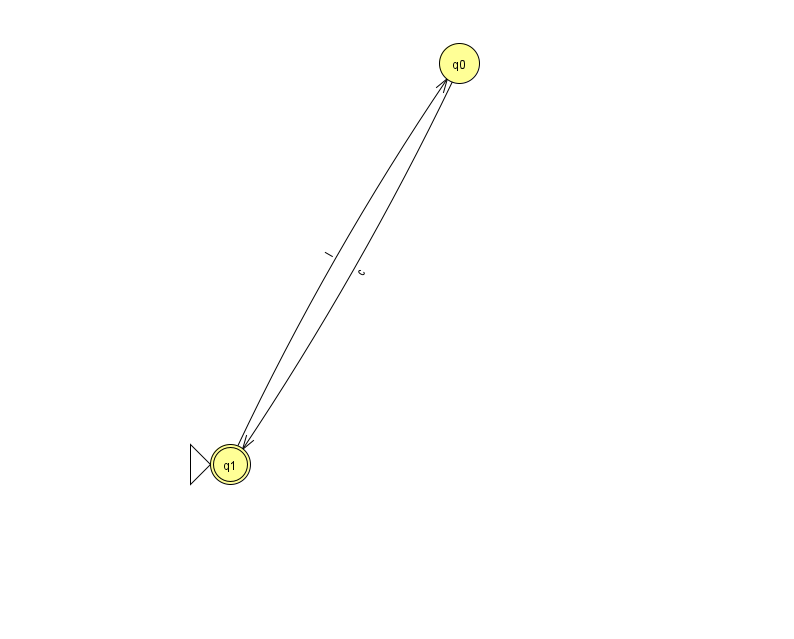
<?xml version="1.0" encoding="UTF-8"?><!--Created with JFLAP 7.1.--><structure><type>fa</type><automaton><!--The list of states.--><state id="0" name="q0"><x>459.0</x><y>50.0</y></state><state id="1" name="q1"><x>230.0</x><y>451.0</y><initial/><final/></state><!--The list of transitions.--><transition><from>0</from><to>1</to><read>c</read></transition><transition><from>1</from><to>0</to><read>I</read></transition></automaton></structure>